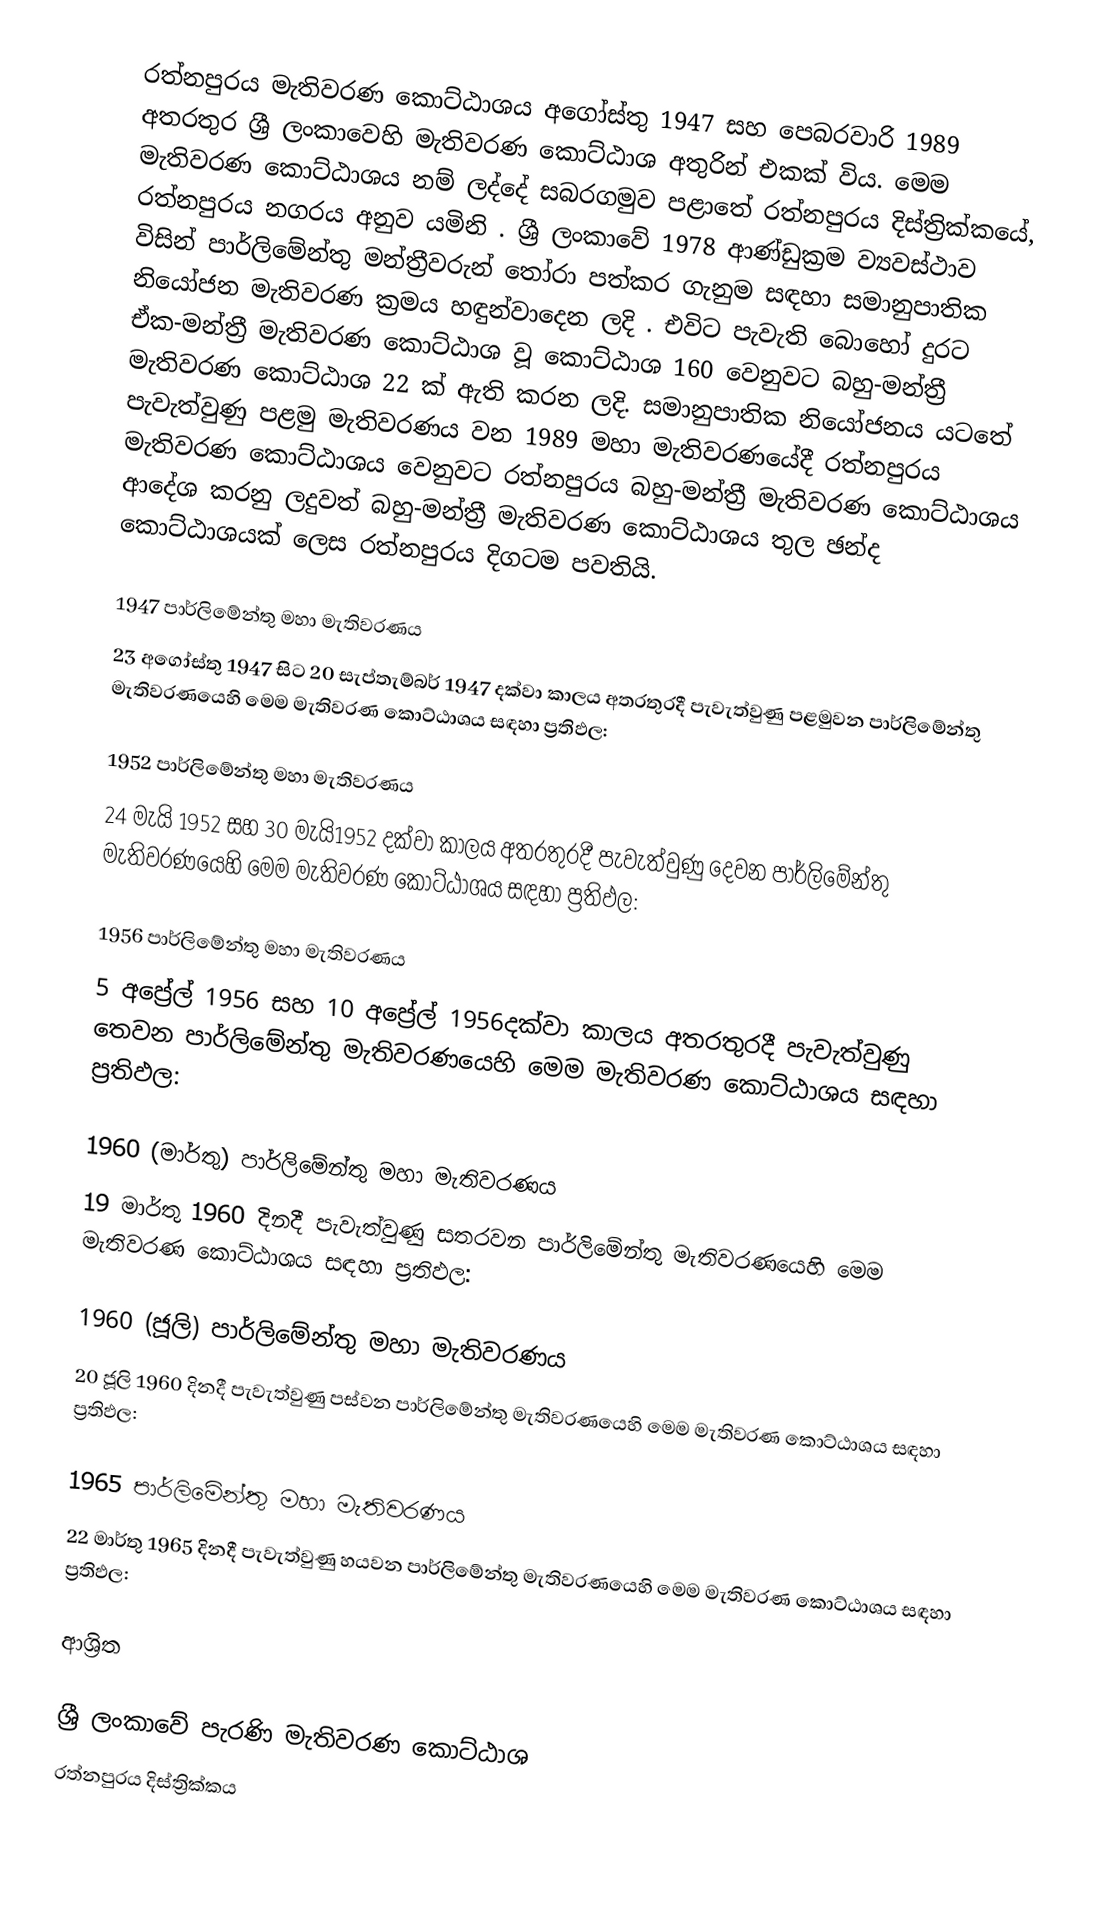
රත්නපුරය මැතිවරණ කොට්ඨාශය  අගෝස්තු 1947 සහ පෙබරවාරි 1989 අතරතුර  ශ්‍රී ලංකාවෙහි  මැතිවරණ කොට්ඨාශ අතුරින් එකක් විය. මෙම මැතිවරණ කොට්ඨාශය නම් ලද්දේ  සබරගමුව පළාතේ  රත්නපුරය  දිස්ත්‍රික්කයේ,  රත්නපුරය නගරය අනුව යමිනි . ශ්‍රී ලංකාවේ 1978 ආණ්ඩුක්‍රම ව්‍යවස්ථාව විසින්   පාර්ලිමේන්තු මන්ත්‍රීවරුන් තෝරා පත්කර ගැනුම සඳහා සමානුපාතික නියෝජන මැතිවරණ ක්‍රමය හඳුන්වාදෙන ලදි . එවිට පැවැති බොහෝ දුරට  ඒක-මන්ත්‍රී මැතිවරණ කොට්ඨාශ වූ කොට්ඨාශ 160 වෙනුවට බහු-මන්ත්‍රී මැතිවරණ කොට්ඨාශ 22 ක් ඇති කරන ලදි. සමානුපාතික නියෝජනය යටතේ පැවැත්වුණු  පළමු මැතිවරණය වන 1989 මහා මැතිවරණයේදී  රත්නපුරය මැතිවරණ කොට්ඨාශය වෙනුවට  රත්නපුරය බහු-මන්ත්‍රී මැතිවරණ කොට්ඨාශය  ආදේශ කරනු ලදුවත් බහු-මන්ත්‍රී මැතිවරණ කොට්ඨාශය තුල ඡන්ද කොට්ඨාශයක් ලෙස රත්නපුරය දිගටම පවතියි.

1947 පාර්ලිමේන්තු මහා මැතිවරණය
23 අගෝස්තු 1947 සිට 20 සැප්තැම්බර් 1947 දක්වා කාලය අතරතුරදී පැවැත්වුණු   පළමුවන පාර්ලිමේන්තු මැතිවරණයෙහි මෙම මැතිවරණ කොට්ඨාශය සඳහා ප්‍රතිඵල:

1952 පාර්ලිමේන්තු මහා මැතිවරණය
24 මැයි 1952 සහ 30 මැයි1952 දක්වා කාලය අතරතුරදී පැවැත්වුණු   දෙවන පාර්ලිමේන්තු මැතිවරණයෙහි මෙම මැතිවරණ කොට්ඨාශය සඳහා ප්‍රතිඵල:

1956 පාර්ලිමේන්තු මහා මැතිවරණය
5 අප්‍රේල් 1956 සහ 10 අප්‍රේල් 1956දක්වා කාලය අතරතුරදී පැවැත්වුණු   තෙවන පාර්ලිමේන්තු මැතිවරණයෙහි මෙම මැතිවරණ කොට්ඨාශය සඳහා ප්‍රතිඵල:

1960 (මාර්තු) පාර්ලිමේන්තු මහා මැතිවරණය
19 මාර්තු 1960 දිනදී පැවැත්වුණු   සතරවන පාර්ලිමේන්තු මැතිවරණයෙහි මෙම මැතිවරණ කොට්ඨාශය සඳහා ප්‍රතිඵල:

1960 (ජූලි) පාර්ලිමේන්තු මහා මැතිවරණය
20 ජූලි 1960 දිනදී පැවැත්වුණු   පස්වන පාර්ලිමේන්තු මැතිවරණයෙහි මෙම මැතිවරණ කොට්ඨාශය සඳහා ප්‍රතිඵල:

1965 පාර්ලිමේන්තු මහා මැතිවරණය
22 මාර්තු 1965  දිනදී පැවැත්වුණු   හයවන පාර්ලිමේන්තු මැතිවරණයෙහි මෙම මැතිවරණ කොට්ඨාශය සඳහා ප්‍රතිඵල:

ආශ්‍රිත

ශ්‍රී ලංකාවේ පැරණි මැතිවරණ කොට්ඨාශ
 රත්නපුරය දිස්ත්‍රික්කය